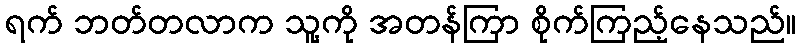
ရက် ဘတ်တလာက သူ့ကို အတန်ကြာ စိုက်ကြည့်နေသည်။